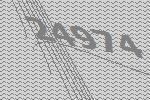
24974